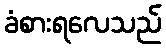
ခံစားရလေသည်